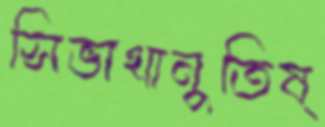
সিভাথানুতিষ্